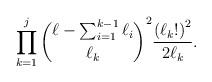
LaTeX: \begin{align*}\prod_{k=1}^j {\ell-\sum_{i=1}^{k-1} \ell_i \choose \ell_k}^2 \frac{\left( \ell_k ! \right)^2}{2 \ell_k}.\end{align*}